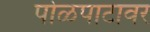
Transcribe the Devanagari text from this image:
पोळपाटावर